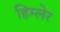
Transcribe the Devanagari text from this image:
हिम्लेर